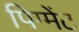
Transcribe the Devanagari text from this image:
पिग्मेंट